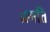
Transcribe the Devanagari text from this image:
प्रगति